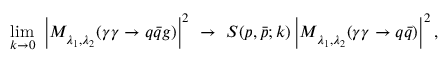
\operatorname * { l i m } _ { k \to 0 } \ \left| { \cal M } _ { \lambda _ { 1 } , \lambda _ { 2 } } ^ { } ( \gamma \gamma \to q \bar { q } g ) \right| ^ { 2 } \ \to \ { \cal S } ( p , \bar { p } ; k ) \left| { \cal M } _ { \lambda _ { 1 } , \lambda _ { 2 } } ^ { } ( \gamma \gamma \to q \bar { q } ) \right| ^ { 2 } ,